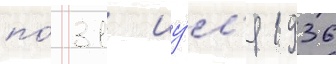
по́ 31 иу́л'я 1936